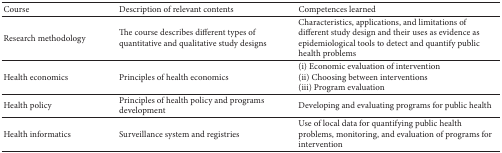
<table><thead><tr><td><b>Course</b></td><td><b>Description of relevant contents</b></td><td><b>Competences learned </b></td></tr></thead><tbody><tr><td>Research methodology </td><td>The course describes different types of quantitative and qualitative study designs </td><td>Characteristics, applications, and limitations of different study design and their uses as evidence as epidemiological tools to detect and quantify public health problems </td></tr><tr><td>Health economics </td><td>Principles of health economics</td><td>(i) Economic evaluation of intervention (ii) Choosing between interventions (iii) Program evaluation </td></tr><tr><td>Health policy </td><td>Principles of health policy and programs development </td><td>Developing and evaluating programs for public health </td></tr><tr><td>Health informatics </td><td>Surveillance system and registries </td><td>Use of local data for quantifying public health problems, monitoring, and evaluation of programs for intervention</td></tr></tbody></table>